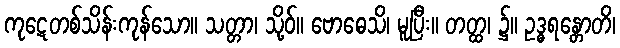
ကုဋေတစ်သိန်းကုန်သော။ သတ္တာ၊ သို့ဝ်။ ဗောဓေသိ၊ မူပြီး။ တတ္ထ၊ ၌။ ဥဒ္ဓရန္တောတိ၊